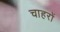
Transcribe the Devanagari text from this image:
चाहरों